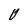
Character: 0